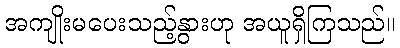
အကျိုးမပေးသည့်နွားဟု အယူရှိကြသည်။